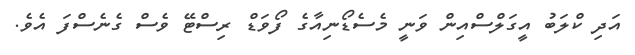
އަދި ކްލަބު އީގަލްސްއިން ވަނީ މެސެޑޯނިއާގެ ފޯވަޑް ރިސްޓޭ ވެސް ގެނެސްފަ އެވެ.